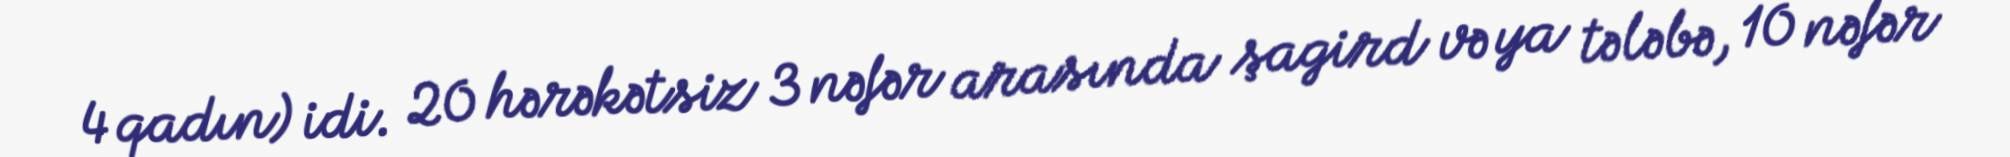
4 qadın) idi. 20 hərəkətsiz 3 nəfər arasında şagird və ya tələbə, 10 nəfər -